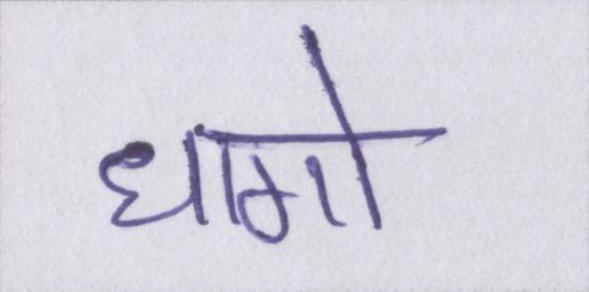
धागो